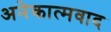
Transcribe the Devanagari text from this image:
अनेकात्मवाद